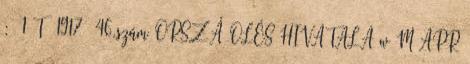
: 1 T 1917 46.szám ORSZÁ OLÉS HIVATALA w M APR